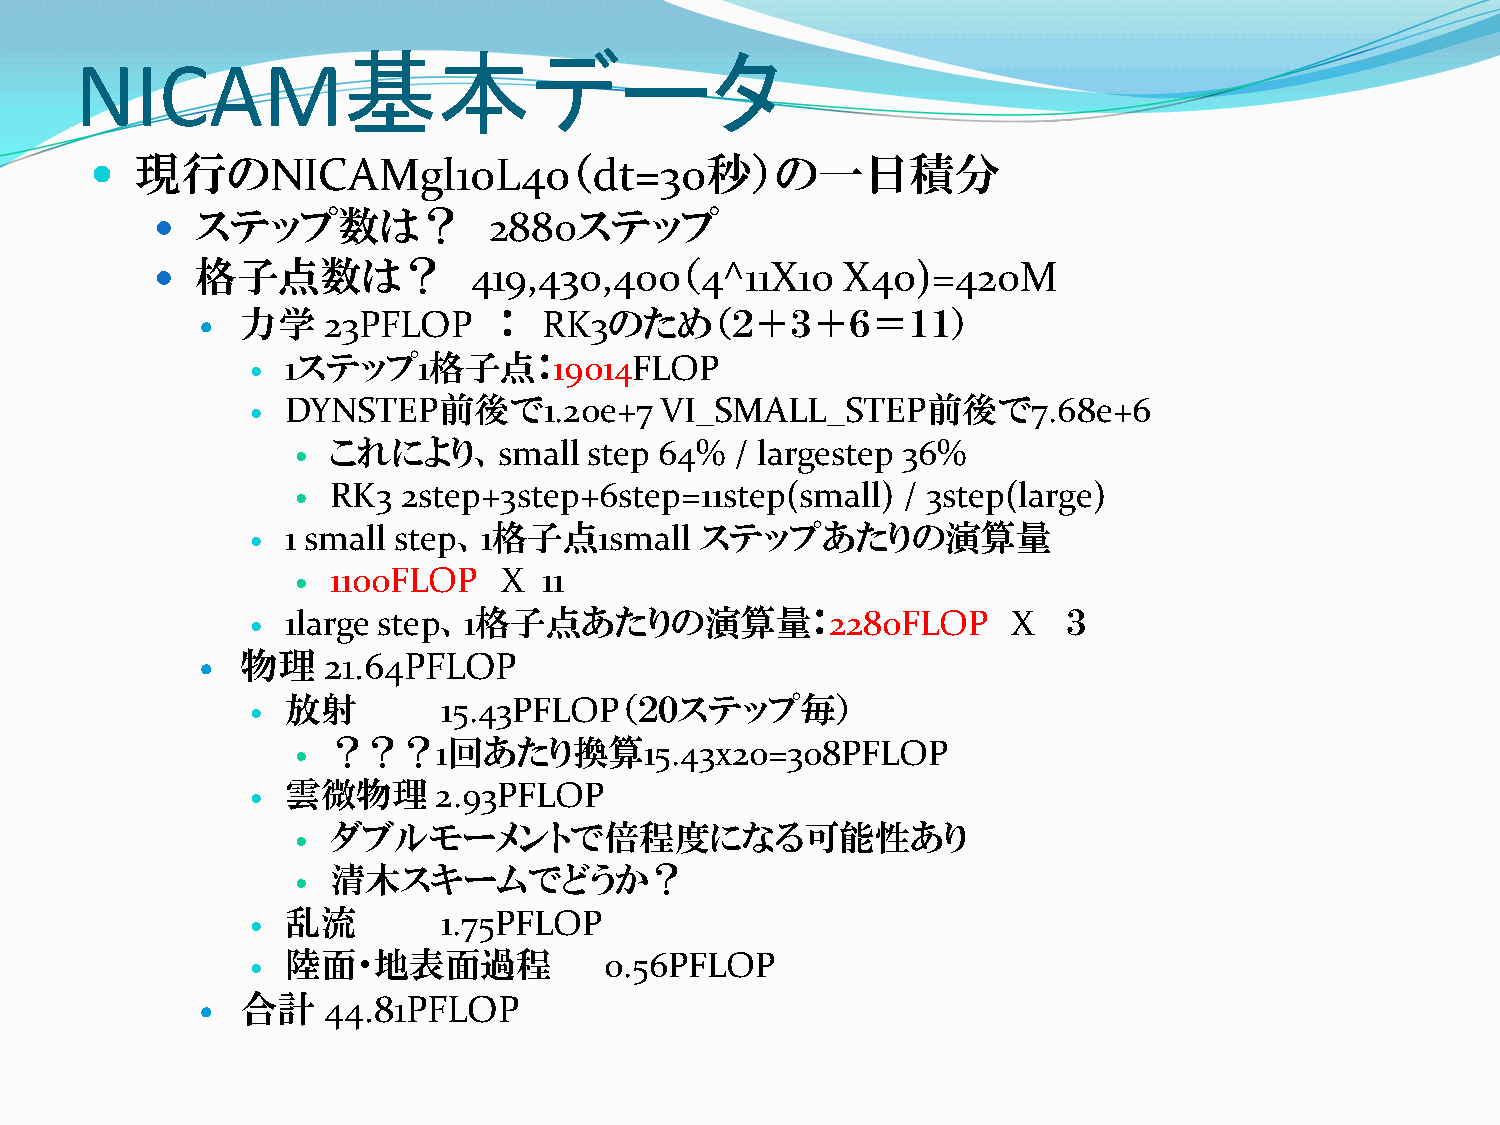
基本データ
 NICAM
   現行のNICAMgl10L40（dt=30秒）の一日積分
 
 ステップ数は？            2880ステップ
   格子点数は？            419,430,400（4^11X10      X40)=420M
 力学   23PFLOP     ：  RK3のため（２＋３＋６＝１１）
 
 1ステップ1格子点：19014FLOP
 
 DYNSTEP前後で1.20e+7        VI_SMALL_STEP前後で7.68e+6
 
 これにより、small      step 64%  / largestep 36%
 
 RK3  2step+3step+6step=11step(small)  / 3step(large)
 
 1 small step、1格子点1small    ステップあたりの演算量
 
 1100FLOP   X  11
 
 1large step、1格子点あたりの演算量：2280FLOP                X   ３
 
 物理   21.64PFLOP
 
 放射        15.43PFLOP（２０ステップ毎）
 
 ？？？1回あたり換算15.43x20=308PFLOP
 
 雲微物理      2.93PFLOP
 
 ダブルモーメントで倍程度になる可能性あり
 
 清木スキームでどうか？
 
 乱流        1.75PFLOP
 
 陸面・地表面過程             0.56PFLOP
 
 合計   44.81PFLOP
 